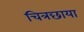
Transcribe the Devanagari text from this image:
चित्रछाया